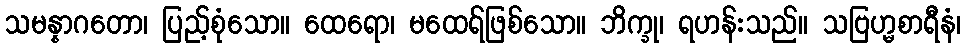
သမန္နာဂတော၊ ပြည့်စုံသော။ ထေရော၊ မထေရ်ဖြစ်သော။ ဘိက္ခု၊ ရဟန်းသည်။ သဗြဟ္မစာရီနံ၊